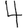
Digit: 4